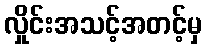
လှိုင်းအသင့်အတင့်မှ